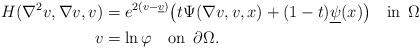
LaTeX: \begin{align*}H(\nabla^2 v,\nabla v, v)&=e^{2(v-\underline v)} \big(t\Psi(\nabla v, v, x)+(1-t)\underline{\psi}(x)\big)\quad\textrm{in }\, \Omega\\v&=\ln \varphi \quad\textrm{on }\, \partial\Omega.\end{align*}